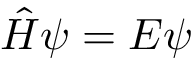
{ \hat { H } } \psi = E \psi